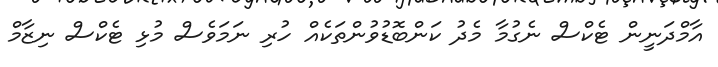
އާމްދަނީން ޓެކްސް ނެގުމާ މެދު ކަންބޮޑުވުންތަކެއް ހުރި ނަމަވެސް މުޅި ޓެކްސް ނިޒާމް